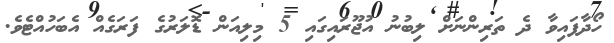
ހޯދާފައިވާ ދެ ތަރިންނަށް ލިބުނު އުޖޫރައިގައި 5 މިލިއަން ޑޮލަރުގެ ފަރަގެއް އެބަހުއްޓެވެ.